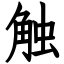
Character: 触